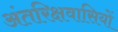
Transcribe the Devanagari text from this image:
अंतरिक्षवासियों